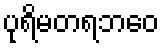
ပုရိမတရဘဝေ